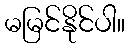
မမြင်နိုင်ပါ။